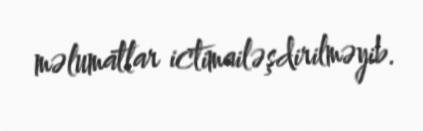
məlumatlar ictimailəşdirilməyib.